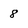
Character: 8